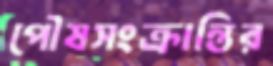
পৌষসংক্রান্তির